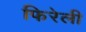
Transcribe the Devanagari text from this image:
फिरेली